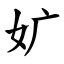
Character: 㚧